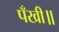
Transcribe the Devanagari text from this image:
पँखी॥